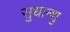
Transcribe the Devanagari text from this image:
सुधान्शु